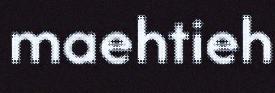
maehtieh